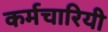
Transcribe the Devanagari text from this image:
कर्मचारियी